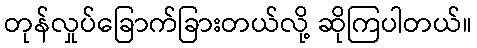
တုန်လှုပ်ခြောက်ခြားတယ်လို့ ဆိုကြပါတယ်။